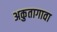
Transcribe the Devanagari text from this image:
अकुतागावा